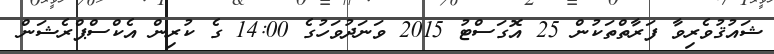
ޝައުޤުވެރިވާ ފަރާތްތަކުން 25 އޮގަސްޓު 2015 ވަނަދުވަހުގެ 14:00 ގެ ކުރިން އެކްސްޕްރެޝަން